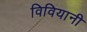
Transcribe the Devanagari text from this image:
विवियानी